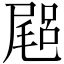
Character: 𡳎